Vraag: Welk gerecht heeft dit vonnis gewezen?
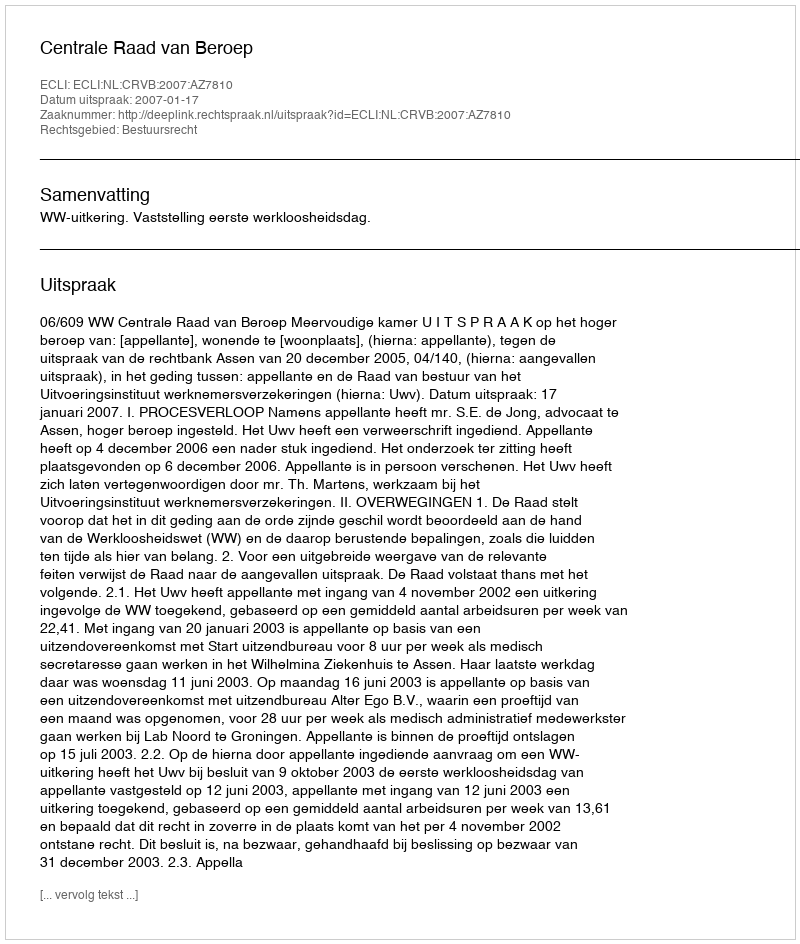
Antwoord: Centrale Raad van Beroep